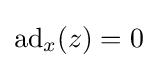
\operatorname {ad} _{x}(z)=0